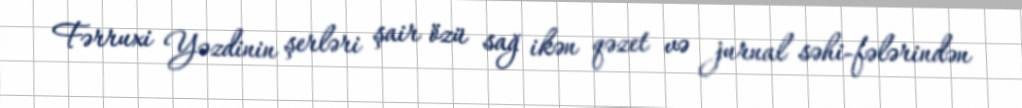
Fərruxi Yəzdinin şerləri şair özü sağ ikən qəzet və jurnal səhi-fələrindən